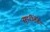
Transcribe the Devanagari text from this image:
सुपरीटेंडेंट